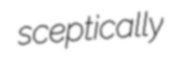
sceptically